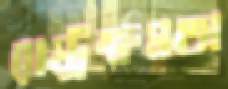
রাষ্ট্রক্ষমতা